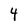
Character: 4